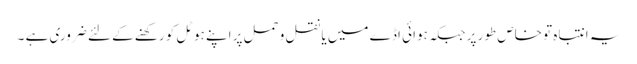
یہ انتباہ تو خاص طور پر جبکہ ہوائی اڈے میں یا نقل و حمل پر اپنے ہوٹل کو رکھنے کے لئے ضروری ہے ۔